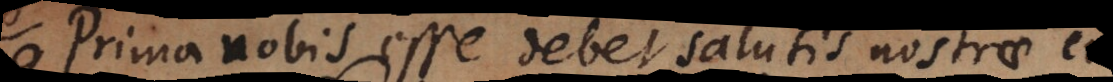
prima nobis esse debet salutis nostrae cur